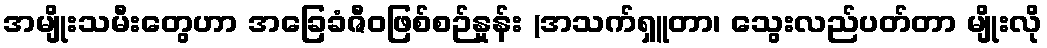
အမျိုးသမီးတွေဟာ အခြေခံဇီဝဖြစ်စဉ်နှုန်း (အသက်ရှူတာ၊ သွေးလည်ပတ်တာ မျိုးလို